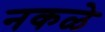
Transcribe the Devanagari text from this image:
नकळे